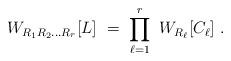
LaTeX: \begin{align*}W_{R_1R_2\ldots R_r} [L] \ = \ \prod_{\ell=1}^r \ W_{R_\ell}[C_\ell] ~.\end{align*}